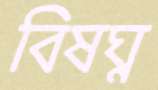
বিষঘ্ন